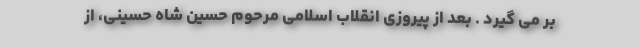
بر می گیرد . بعد از پیروزی انقلاب اسلامی مرحوم حسین شاه حسینی، از